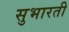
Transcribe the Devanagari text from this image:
सुभारती